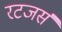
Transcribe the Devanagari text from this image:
रटजर्स